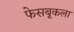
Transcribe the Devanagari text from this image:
फेसबूकला